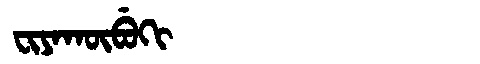
Manchu: ᠸᡳᠶᠠᡴᡡᠪᡠᡴᡳ
Romanization: FIYAKŪBUKI